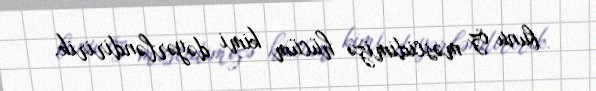
bunu öz məscidimizə hücüm kimi dəyərləndiririk.